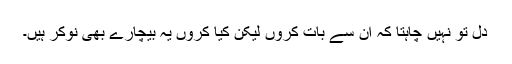
دل تو نہیں چاہتا کہ ان سے بات کروں لیکن کیا کروں یہ بیچارے بھی نوکر ہیں۔